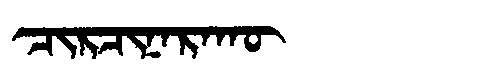
Manchu: ᠴᡳᡵᠴᡳᠨᠠᡵᠠᡴᡡ
Romanization: CIRCINARAKŪ